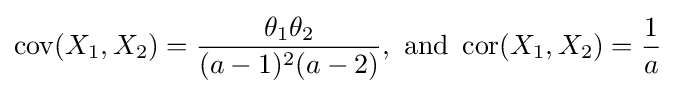
\operatorname {cov} (X_{1},X_{2})={\frac {\theta _{1}\theta _{2}}{(a-1)^{2}(a-2)}},{\text{ and }}\operatorname {cor} (X_{1},X_{2})={\frac {1}{a}}